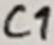
Text: C1